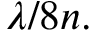
\lambda / 8 n .